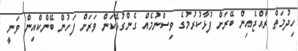
ހިދުމަތް ރާއްޖެއިން ބޭރަށް ފުޅާކުރުމުގެ ވިސްނުމެއް ގެންގުޅޭކަން ވަރަށް ފަހުން ބޭންކްއިން ވަނީ